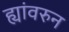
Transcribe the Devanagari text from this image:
ह्यांवरुन